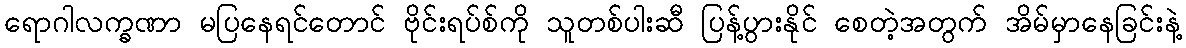
ရောဂါလက္ခဏာ မပြနေရင်တောင် ဗိုင်းရပ်စ်ကို သူတစ်ပါးဆီ ပြန့်ပွားနိုင် စေတဲ့အတွက် အိမ်မှာနေခြင်းနဲ့